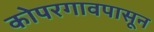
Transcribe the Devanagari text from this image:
कोपरगावपासून